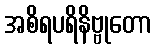
အစိရပရိနိဗ္ဗုတော